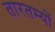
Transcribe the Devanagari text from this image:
तारतम्यों